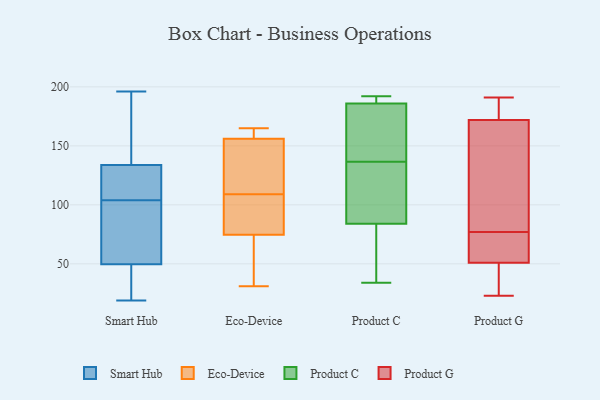
{"axis": {"x": "Waste Production (Tons)", "y": "Value"}, "legend": ["Eco-Device", "Product C", "Product G", "Smart Hub"], "data": [{"x": "", "y": 104, "type": "Smart Hub"}, {"x": "", "y": 46, "type": "Smart Hub"}, {"x": "", "y": 149, "type": "Smart Hub"}, {"x": "", "y": 127, "type": "Smart Hub"}, {"x": "", "y": 136, "type": "Smart Hub"}, {"x": "", "y": 196, "type": "Smart Hub"}, {"x": "", "y": 25, "type": "Smart Hub"}, {"x": "", "y": 127, "type": "Smart Hub"}, {"x": "", "y": 19, "type": "Smart Hub"}, {"x": "", "y": 80, "type": "Smart Hub"}, {"x": "", "y": 61, "type": "Smart Hub"}, {"x": "", "y": 81, "type": "Eco-Device"}, {"x": "", "y": 100, "type": "Eco-Device"}, {"x": "", "y": 165, "type": "Eco-Device"}, {"x": "", "y": 49, "type": "Eco-Device"}, {"x": "", "y": 165, "type": "Eco-Device"}, {"x": "", "y": 77, "type": "Eco-Device"}, {"x": "", "y": 138, "type": "Eco-Device"}, {"x": "", "y": 164, "type": "Eco-Device"}, {"x": "", "y": 129, "type": "Eco-Device"}, {"x": "", "y": 60, "type": "Eco-Device"}, {"x": "", "y": 109, "type": "Eco-Device"}, {"x": "", "y": 129, "type": "Eco-Device"}, {"x": "", "y": 74, "type": "Eco-Device"}, {"x": "", "y": 31, "type": "Eco-Device"}, {"x": "", "y": 162, "type": "Eco-Device"}, {"x": "", "y": 112, "type": "Product C"}, {"x": "", "y": 95, "type": "Product C"}, {"x": "", "y": 144, "type": "Product C"}, {"x": "", "y": 34, "type": "Product C"}, {"x": "", "y": 186, "type": "Product C"}, {"x": "", "y": 190, "type": "Product C"}, {"x": "", "y": 170, "type": "Product C"}, {"x": "", "y": 178, "type": "Product C"}, {"x": "", "y": 186, "type": "Product C"}, {"x": "", "y": 129, "type": "Product C"}, {"x": "", "y": 83, "type": "Product C"}, {"x": "", "y": 84, "type": "Product C"}, {"x": "", "y": 192, "type": "Product C"}, {"x": "", "y": 61, "type": "Product C"}, {"x": "", "y": 191, "type": "Product G"}, {"x": "", "y": 92, "type": "Product G"}, {"x": "", "y": 55, "type": "Product G"}, {"x": "", "y": 32, "type": "Product G"}, {"x": "", "y": 98, "type": "Product G"}, {"x": "", "y": 62, "type": "Product G"}, {"x": "", "y": 172, "type": "Product G"}, {"x": "", "y": 51, "type": "Product G"}, {"x": "", "y": 23, "type": "Product G"}, {"x": "", "y": 185, "type": "Product G"}]}